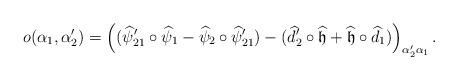
LaTeX: \begin{align*}o(\alpha_1,\alpha'_2)=\left((\widehat\psi'_{21} \circ \widehat\psi_{1}- \widehat\psi_{2} \circ \widehat\psi'_{21})-(\widehat d'_{2} \circ \widehat{\frak h}+ \widehat{\frak h}\circ \widehat d_{1})\right)_{\alpha'_2\alpha_1}.\end{align*}